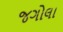
જગોલા